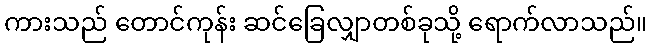
ကားသည် တောင်ကုန်း ဆင်ခြေလျှာတစ်ခုသို့ ရောက်လာသည်။